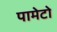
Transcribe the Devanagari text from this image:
पामेटो